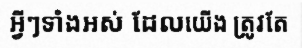
អ្វីៗទាំងអស់ ដែលយើង ត្រូវតែ